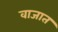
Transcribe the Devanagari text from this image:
वाजात